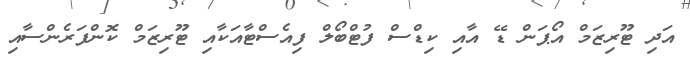
އަދި ޓޫރިޒަމް އޯޕަން ޑޭ އާއި ކިޑްސް ފުޓްބޯލް ފިއެސްޓާއަކާއި ޓޫރިޒަމް ކޮންފަރެންސާއި